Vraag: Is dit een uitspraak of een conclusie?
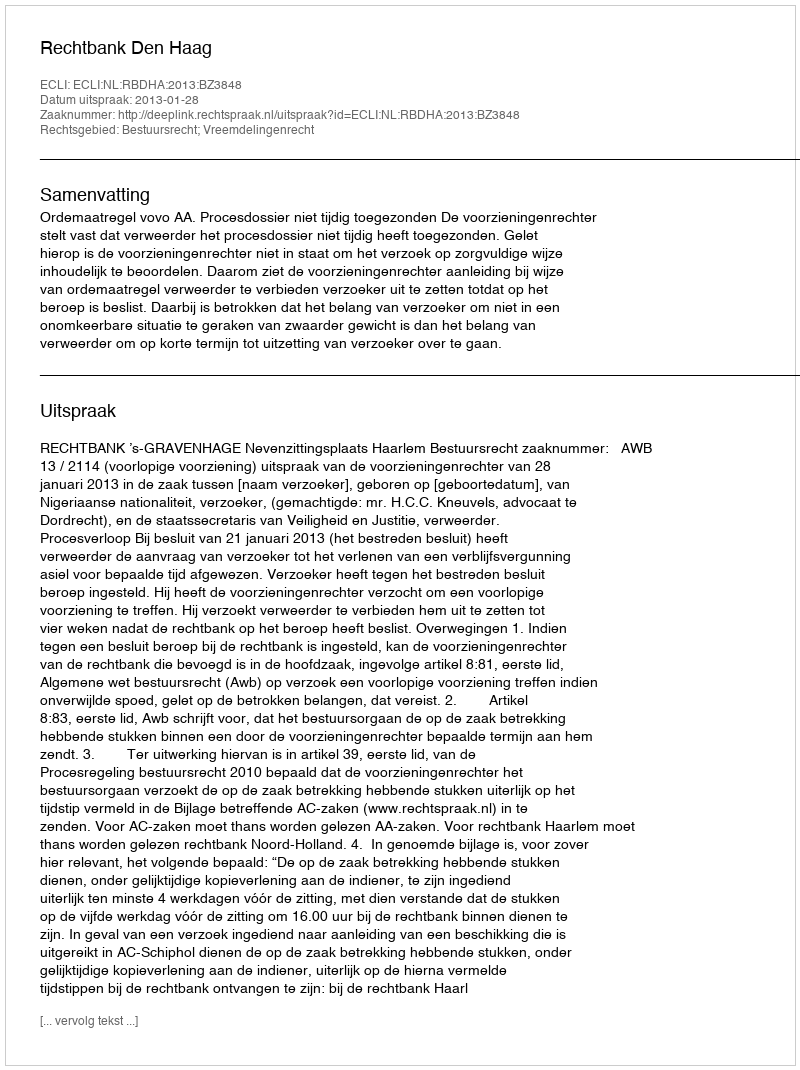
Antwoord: Uitspraak